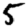
Digit: 5